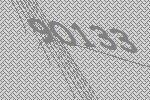
90133